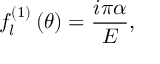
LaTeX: f _ { l } ^ { \left( 1 \right) } \left( \theta \right) = \frac { i \pi \alpha } { E } , \qquad